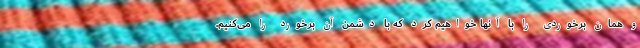
و همان برخوردی را با آنها خواهیم کرد که با دشمن آن برخورد را می‌کنیم.